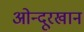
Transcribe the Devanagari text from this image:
ओन्दूरखान